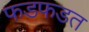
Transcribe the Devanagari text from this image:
फडफडत